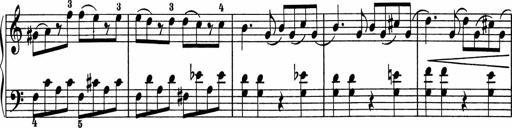
Title: 5 Sonatinen fÃ¼r die Jugend
Composer: Carl Reinecke